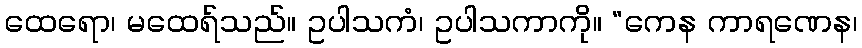
ထေရော၊ မထေရ်သည်။ ဥပါသကံ၊ ဥပါသကာကို။ “ကေန ကာရဏေန၊